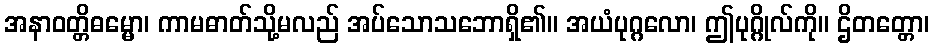
အနာဝတ္တိဓမ္မော၊ ကာမဓာတ်သို့မလည် အပ်သောသဘောရှိ၏။ အယံပုဂ္ဂလော၊ ဤပုဂ္ဂိုလ်ကို။ ဌိတတ္တော၊